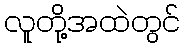
လူတို့အထဲတွင်